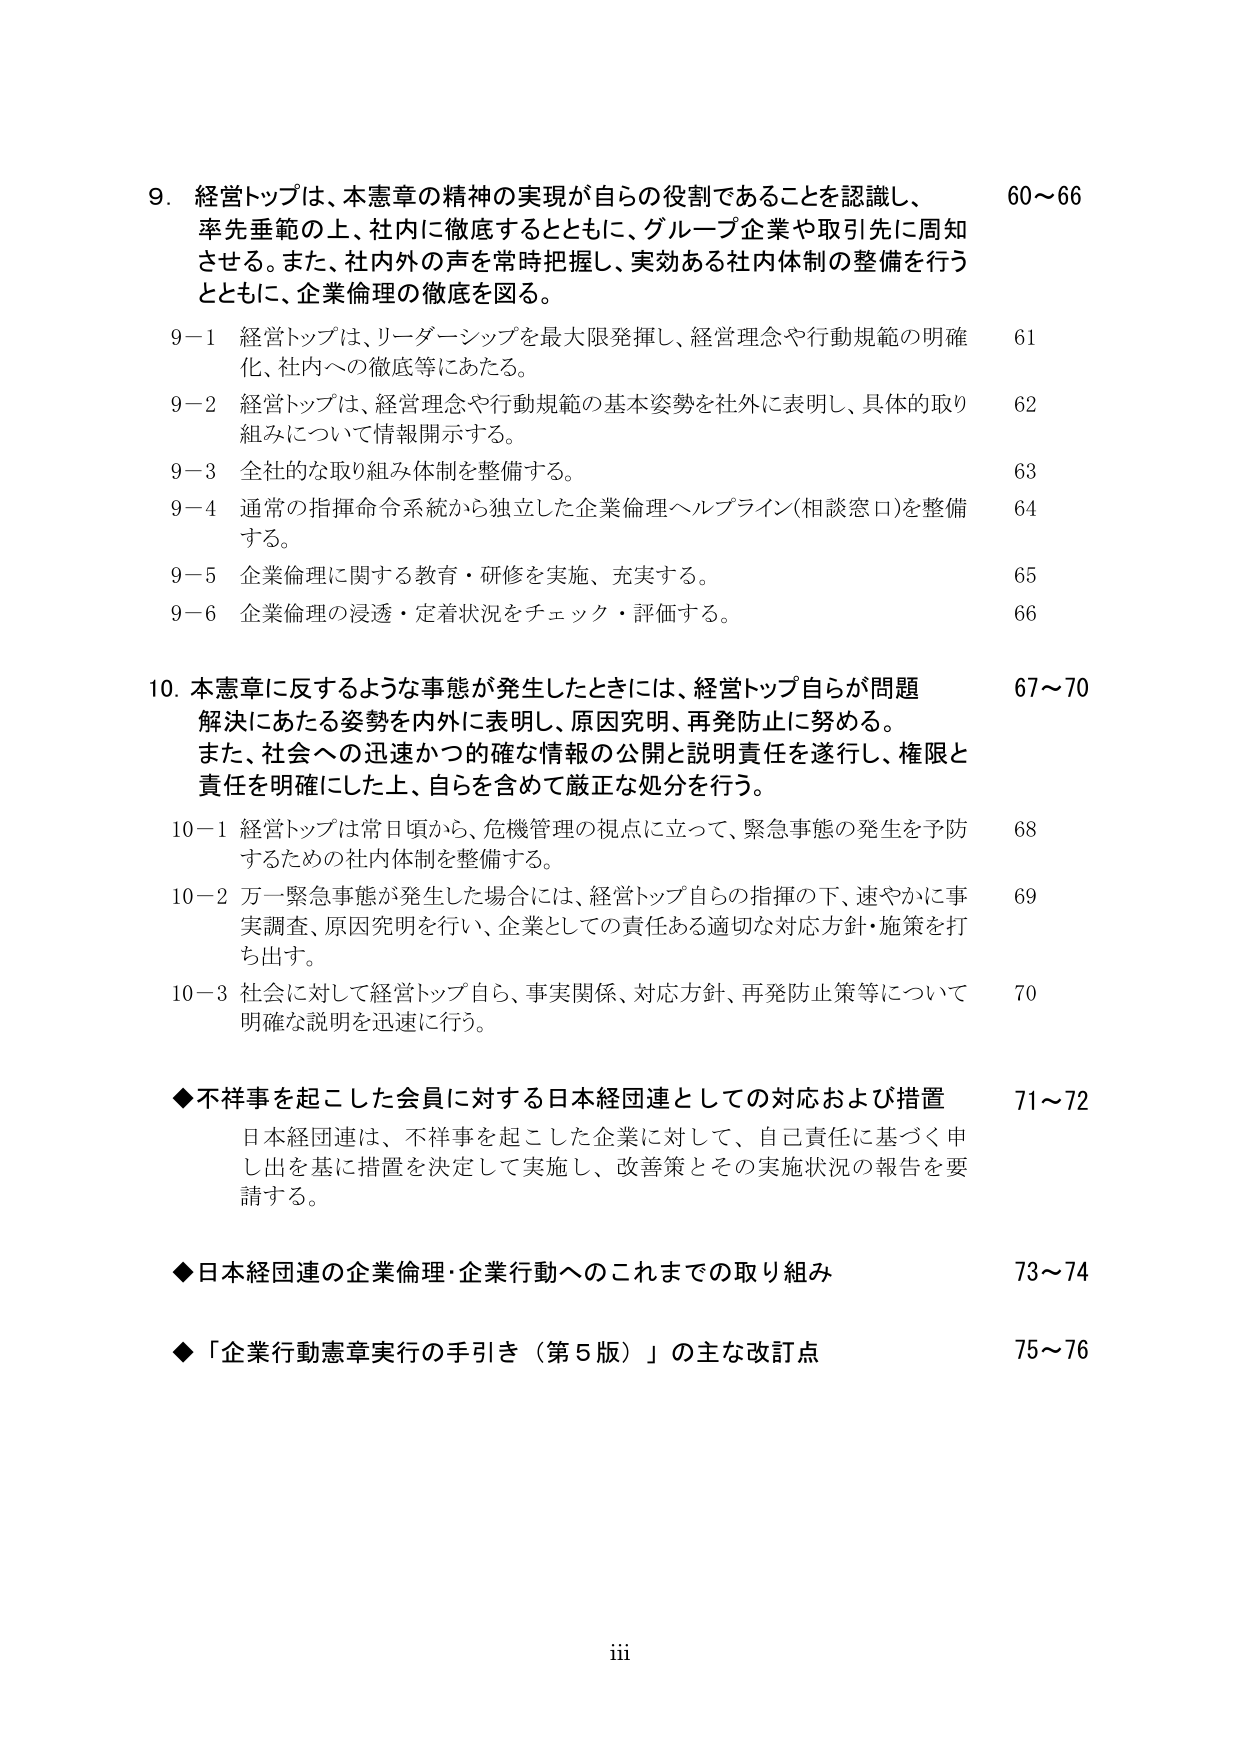
9. 経営トップは、本憲章の精神の実現が自らの役割であることを認識し、
率先垂範の上、社内に徹底するとともに、グループ企業や取引先に周知
させる。また、社内外の声を常時把握し、実効ある社内体制の整備を行う
とともに、企業倫理の徹底を図る。
60～66

9-1 経営トップは、リーダーシップを最大限発揮し、経営理念や行動規範の明確
化、社内への徹底等にあたる。
61

9-2 経営トップは、経営理念や行動規範の基本姿勢を社外に表明し、具体的取り
組みについて情報開示する。
62

9-3 全社的な取り組み体制を整備する。
63

9-4 通常の指揮命令系統から独立した企業倫理ヘルプライン（相談窓口）を整備
する。
64

9-5 企業倫理に関する教育・研修を実施、充実する。
65

9-6 企業倫理の浸透・定着状況をチェック・評価する。
66

10. 本憲章に反するような事態が発生したときには、経営トップ自らが問題
解決にあたる姿勢を内外に表明し、原因究明、再発防止に努める。
また、社会への迅速かつ的確な情報の公開と説明責任を遂行し、権限と
責任を明確にした上、自らを含めて厳正な処分を行う。
67～70

10-1 経営トップは常日頃から、危機管理の視点に立って、緊急事態の発生を予防
するための社内体制を整備する。
68

10-2 万一緊急事態が発生した場合には、経営トップ自らの指揮の下、速やかに事
実調査、原因究明を行い、企業としての責任ある適切な対応方針・施策を打
ち出す。
69

10-3 社会に対して経営トップ自ら、事実関係、対応方針、再発防止策等について
明確な説明を迅速に行う。
70

◆不祥事を起こした会員に対する日本経団連としての対応および措置
71～72
日本経団連は、不祥事を起こした企業に対して、自己責任に基づく申
し出を基に措置を決定して実施し、改善策とその実施状況の報告を要
請する。

◆日本経団連の企業倫理・企業行動へのこれまでの取り組み
73～74

◆「企業行動憲章実行の手引き（第5版）」の主な改訂点
75～76

iii